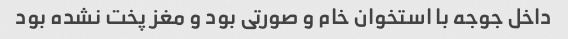
داخل جوجه با استخوان خام و صورتی بود و مغز پخت نشده بود